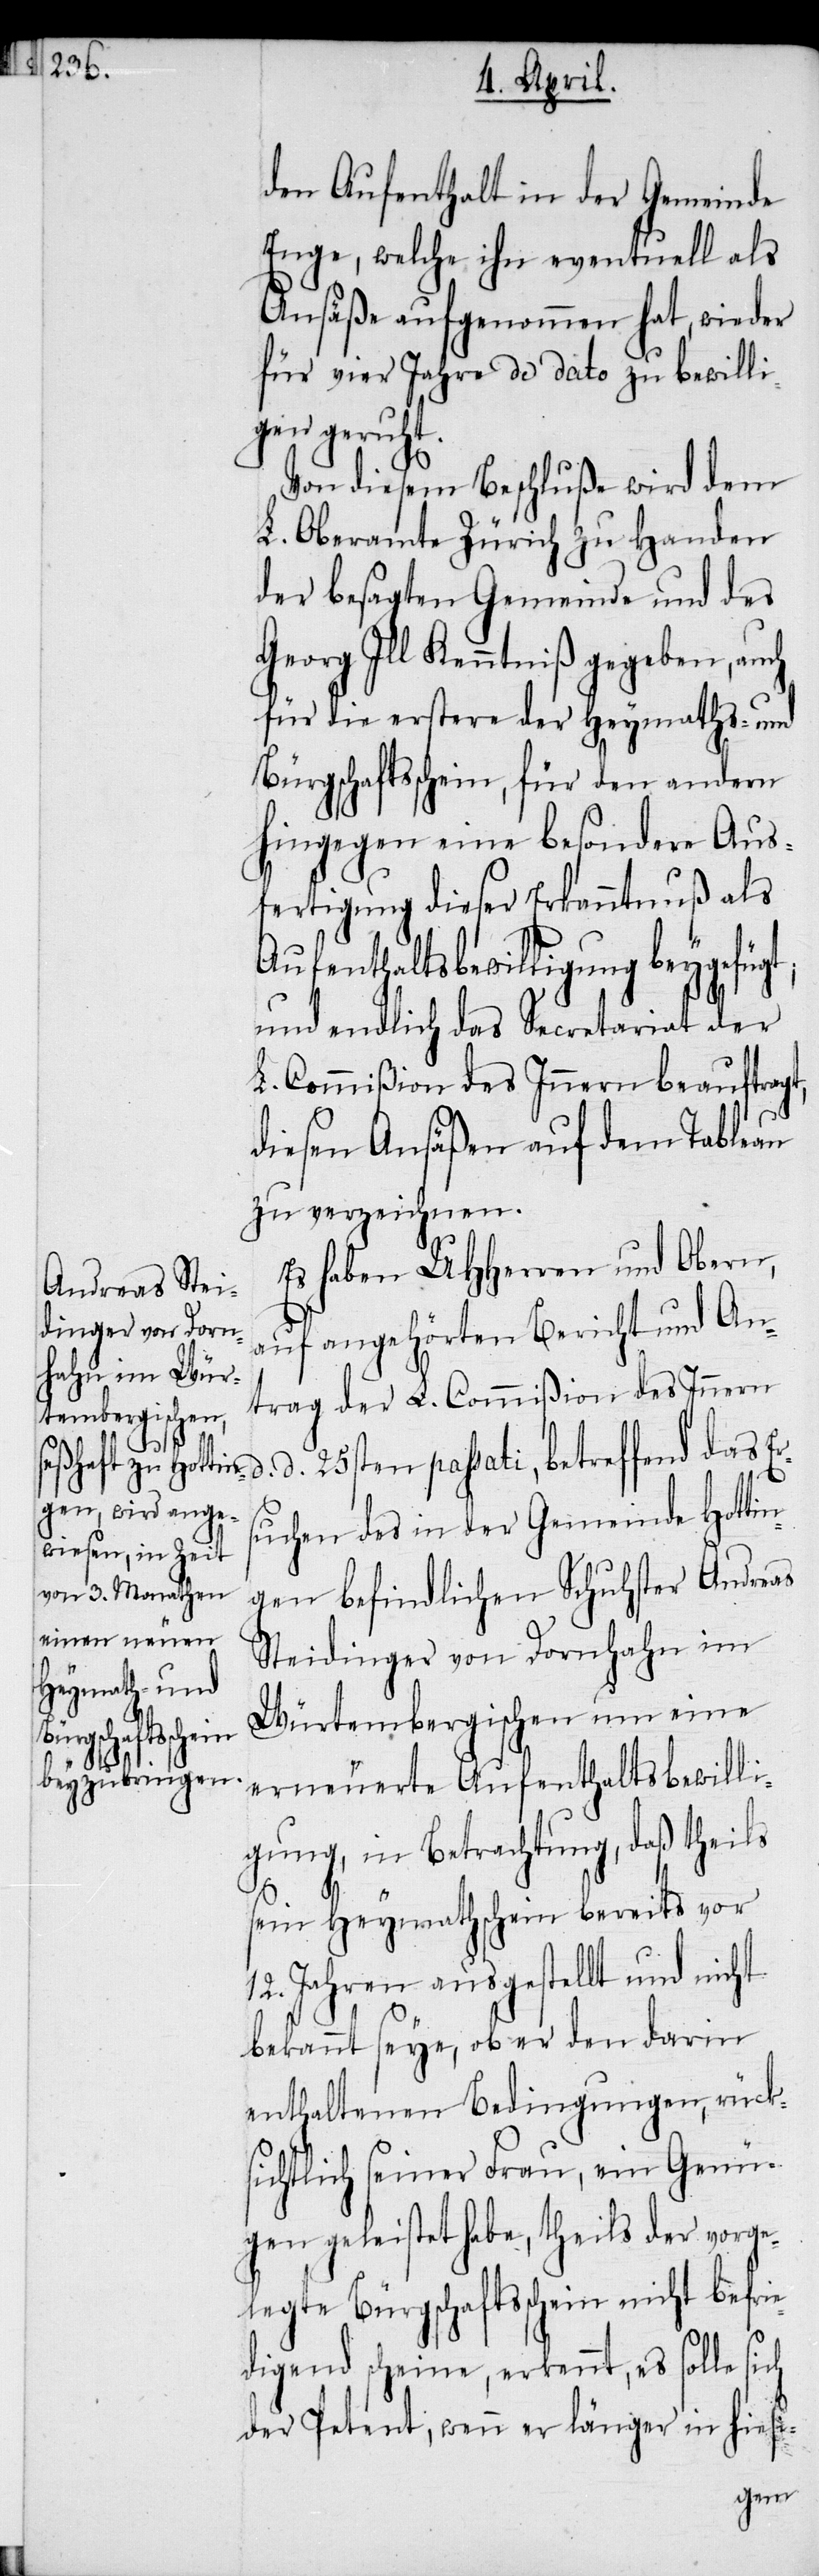
ch

den Aufenthalt in der Gemeinde
Enge, welche ihn eventuell als
Ansäße aufgenommen hat, wieder
für vier Jahre de dato zu bewilli¬
gen geruht.
Von diesem Beschluße wird dem
L. Oberamte Zürich zu Handen
der besagten Gemeinde und des
Georg Ill Kenntniß gegeben, auch
für die erstere der Heymaths- und
Bürgschaftsschein, für den andern
hingegen eine besondere Aus¬
fertigung dieser Erkanntnuß als
Aufenthaltsbewilligung beygefügt;
und endlich das Secretariat der
L. Commißion des Innern beauftragt,
diesen Ansäßen auf dem Tableau
zu verzeichnen.
Es haben UHHerren und Obern,
auf angehörten Bericht und An¬
trag der L. Commißion des Innern
d. 25sten passati, betreffend das Er¬
suchen des in der Gemeinde Hottin¬
gen befindlichen Schuhster Andreas
Steidinger von Dornhahn im
Würtembergischen um eine
erneuerte Aufenthaltsbewilli¬
gung, in Betrachtung, daß theils
sein Heymathschein bereits vor
12. Jahren ausgestellt und nicht
bekannt seye, ob er den darin
enthaltenen Bedingungen, rücks¬
ichtlich seiner Frau, ein Genü¬
gen geleistet habe, theils der vorge¬
legte Bürgschaftsschein nicht befrie¬
digend scheine, erkennt, es solle si¬
der Petent, wenn er länger in hiesi-